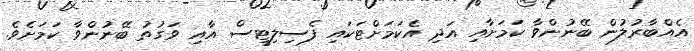
އެއްބާރުލުން ބޭނުންވާ ކަމަށާއި އަދި އެކަމަށްޓަކައި ފެސިލިޓީސް އާއި ވަގުތު ބޭނުންވާ ކަމަށެވެ.